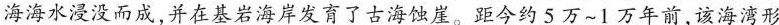
海海水浸没而成，并在基岩海岸发育了古海蚀崖。距今约5万~1万年前，该海湾形